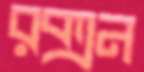
রক্সন